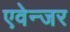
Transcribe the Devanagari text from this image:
एवेन्जर